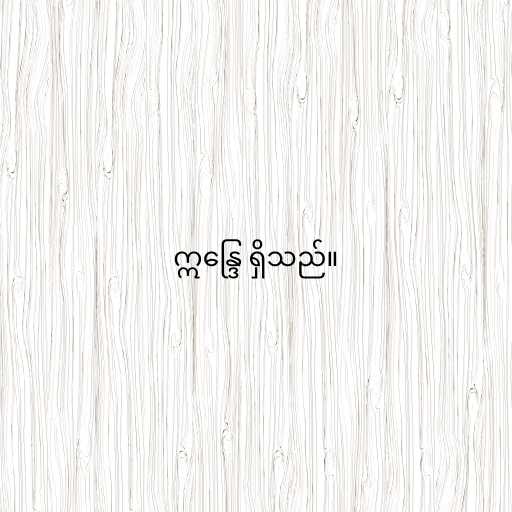
ဣန္ဒြေ ရှိသည်။